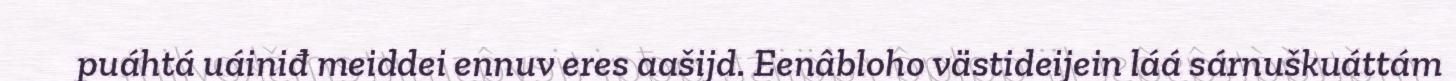
puáhtá uáiniđ meiddei ennuv eres aašijd. Eenâbloho västideijein láá sárnuškuáttám